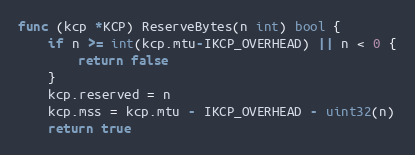
Language: Go
func (kcp *KCP) ReserveBytes(n int) bool {
	if n >= int(kcp.mtu-IKCP_OVERHEAD) || n < 0 {
		return false
	}
	kcp.reserved = n
	kcp.mss = kcp.mtu - IKCP_OVERHEAD - uint32(n)
	return true